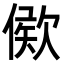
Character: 𣣠